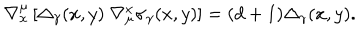
\nabla _ { x } ^ { \mu } \left[ \Delta _ { \gamma } ( x , y ) \; \nabla _ { \mu } ^ { x } \sigma _ { \gamma } ( x , y ) \right] = ( d + 1 ) \Delta _ { \gamma } ( x , y ) .